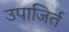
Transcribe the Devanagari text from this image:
उपाजिर्त